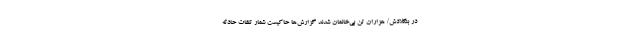
در بنگلادش/ هزاران تن بی‌خانمان شدند گزارش‌ها حاکیست شمار تلفاتِ حادثه